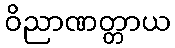
ဝိညာဏတ္တာယ